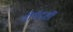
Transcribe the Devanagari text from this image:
दीर्घदर्शी